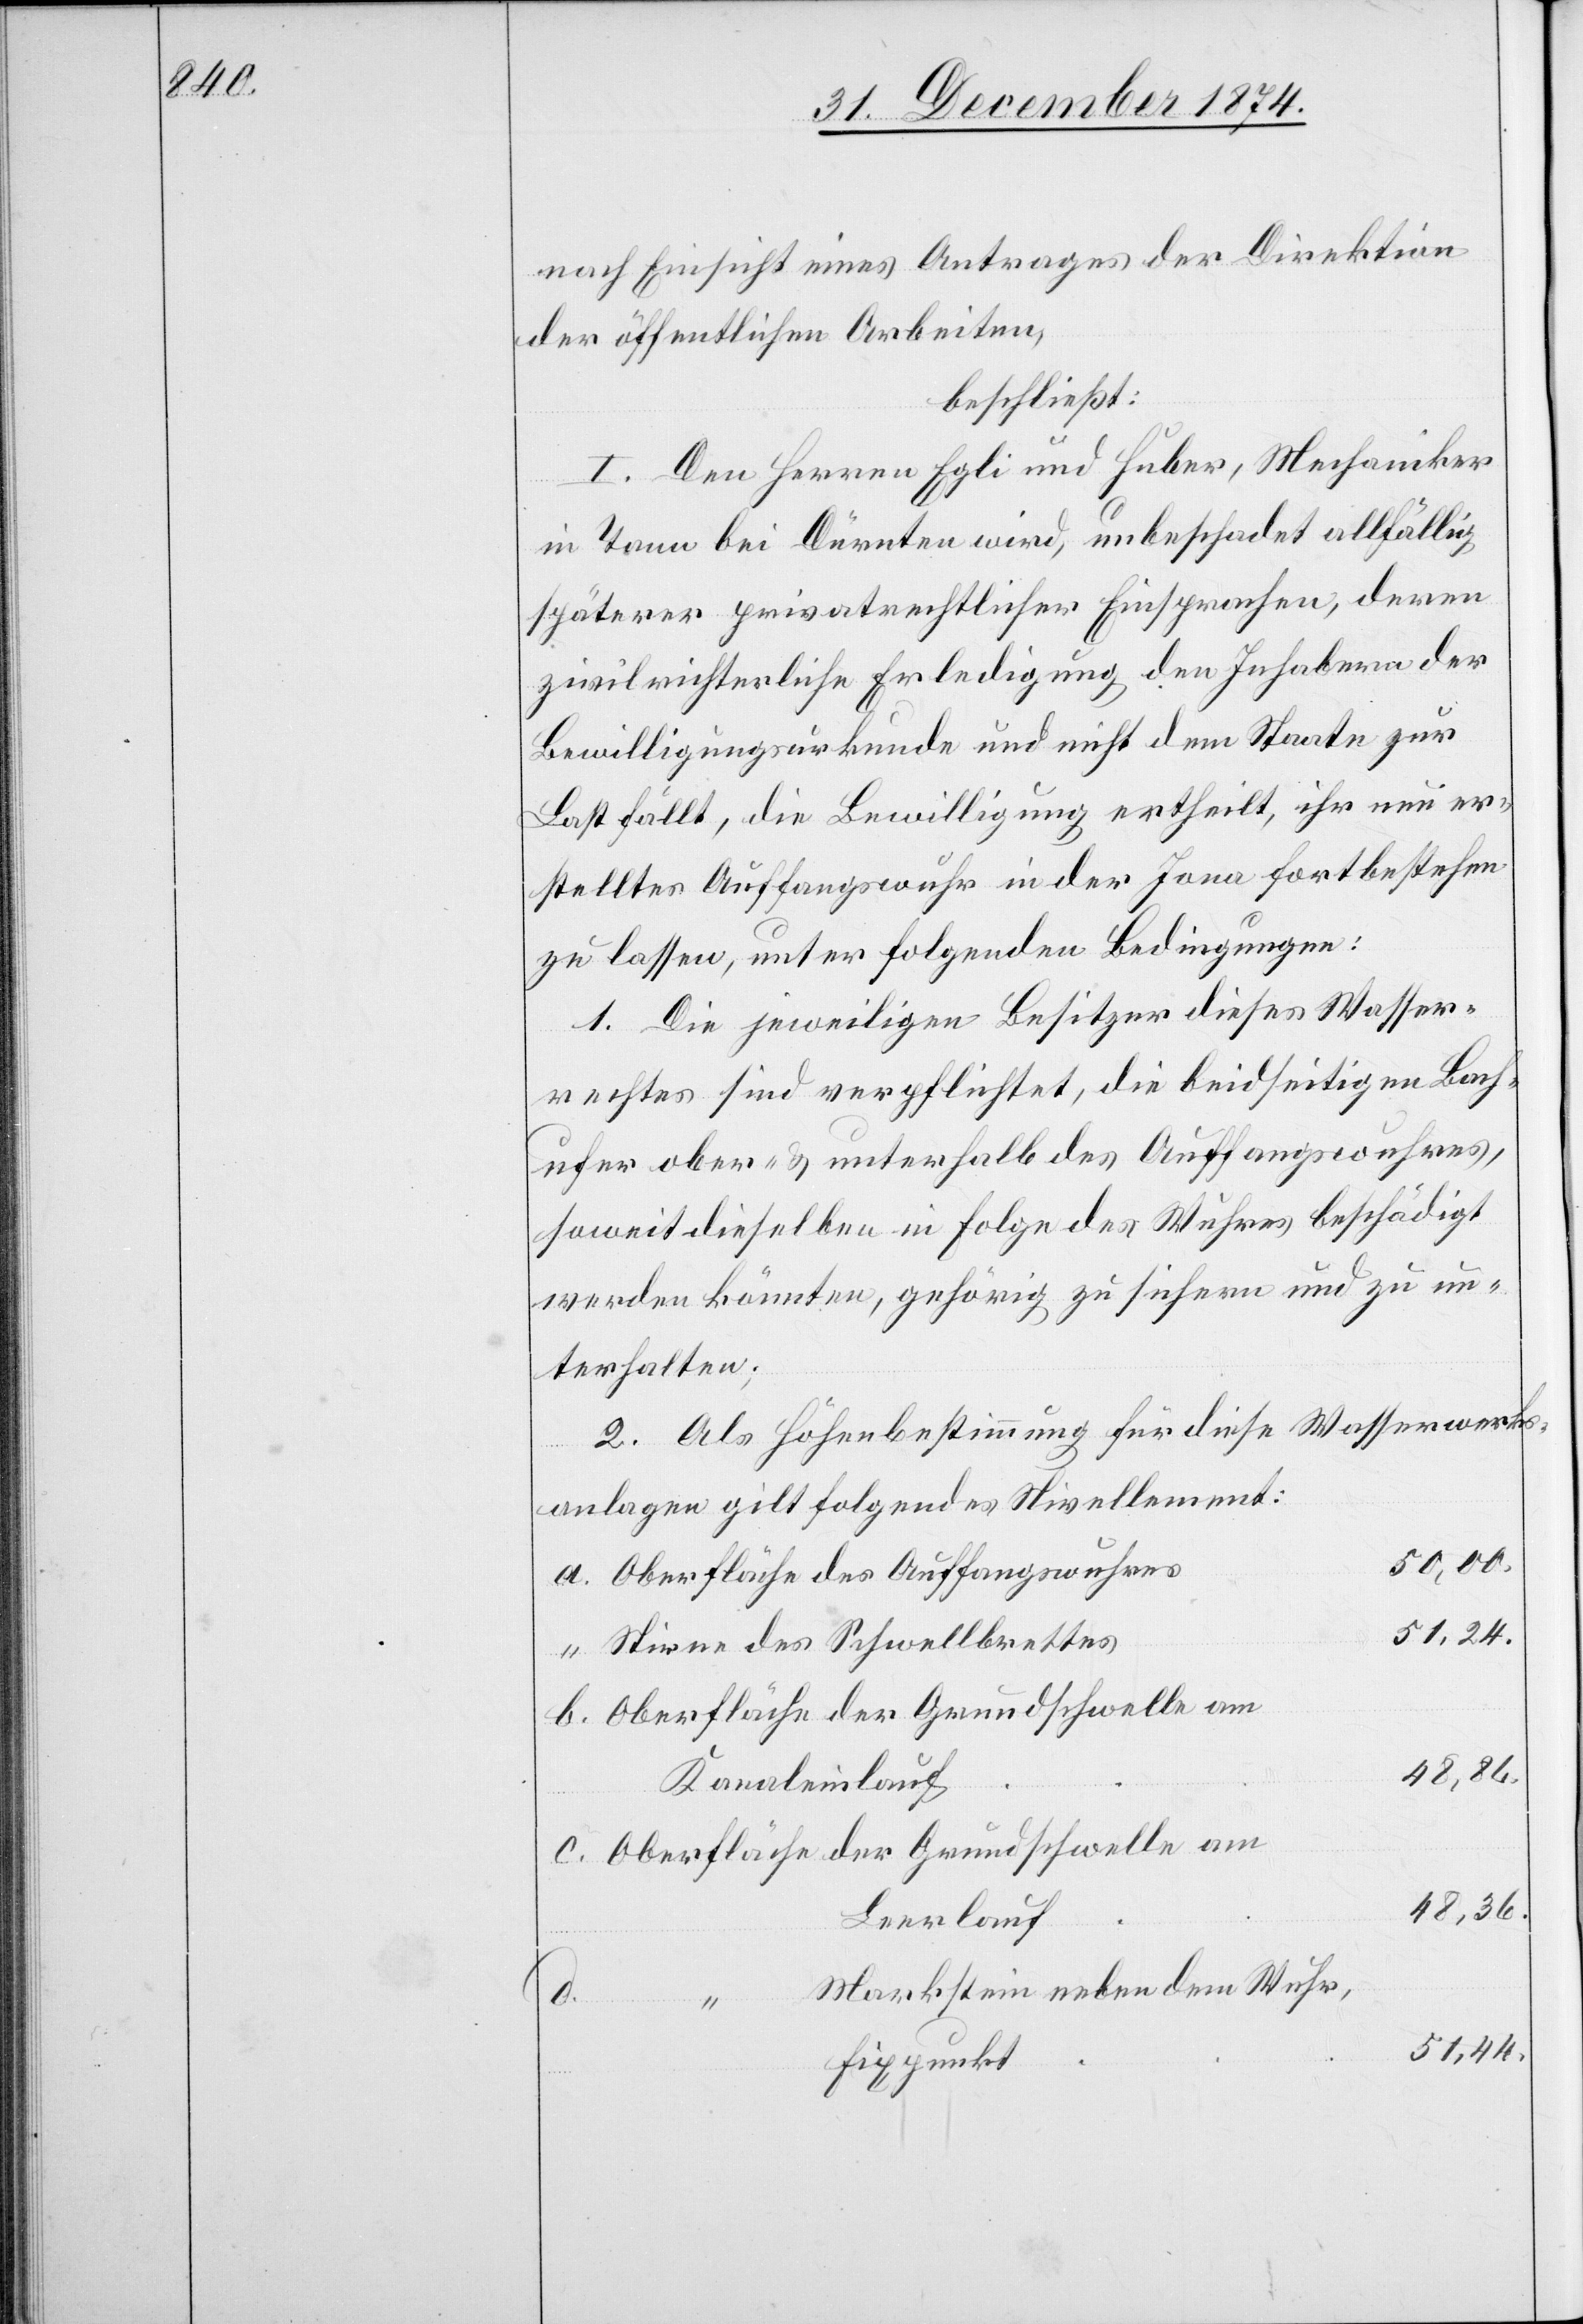
nach Einsicht eines Antrages der Direktion
der öffentlichen Arbeiten,
beschließt:
I. Den Herren Egli und Huber, Mechaniker
in Tann bei Dürnten wird, unbeschadet allfällig
späterer privatrechtlicher Einsprachen, deren
zivilrichterliche Erledigung den Inhabern der
Bewilligungsurkunde und nicht dem Staate zur
Last fällt, die Bewilligung ertheilt, ihr neu er¬
stelltes Auffangswuhr in der Jona fortbestehen
zu lassen, unter folgenden Bedingungen:
1. Die jeweiligen Besitzer dieses Wasser¬
rechtes sind verpflichtet, die beidseitigen Bach¬
ufer ober- & unterhalb des Auffangswuhres,
soweit dieselben in Folge des Wuhres beschädigt
werden könnten, gehörig zu sichern und zu un¬
terhalten;
2. Als Höhenbestimmung für diese Wasserwerks¬
anlagen gilt folgendes Nivellement:
50,00.
Oberfläche des Auffangswuhres
51,24.
Stirne des Schwellbrettes
48,36.
Kanaleinlauf
Oberfläche der Grundschwelle am
Leerlauf
Markstein neben dem Wuhr,
d.
51,44.
Fixpunkt